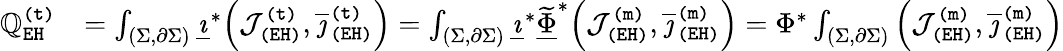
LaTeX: \begin{array}{rl}{\mathbb{Q}_{\mathtt{EH}}^{\mathtt{(t)}}}&{=\int_{(\Sigma,\partial\Sigma)}\underline{{\imath}}^{*}\Big(\mathcal{J}_{\mathtt{(EH)}}^{\mathtt{(t)}},\overline{{\jmath}}_{\mathtt{(EH)}}^{\mathtt{(t)}}\Big)=\int_{(\Sigma,\partial\Sigma)}\underline{{\imath}}^{*}\underline{{\widetilde{\Phi}}}^{*}\Big(\mathcal{J}_{\mathtt{(EH)}}^{\mathtt{(m)}},\overline{{\jmath}}_{\mathtt{(EH)}}^{\mathtt{(m)}}\Big)=\Phi^{*}\int_{(\Sigma,\partial\Sigma)}\Big(\mathcal{J}_{\mathtt{(EH)}}^{\mathtt{(m)}},\overline{{\jmath}}_{\mathtt{(EH)}}^{\mathtt{(m)}}\Big)}\end{array}